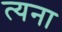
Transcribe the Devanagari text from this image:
त्यना